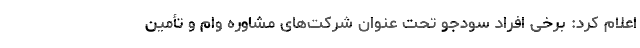
اعلام کرد: برخی افراد سودجو تحت عنوان شرکت‌های مشاوره وام و تأمین